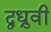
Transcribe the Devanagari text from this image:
द्वध्रुवी